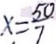
x = \frac { 5 0 } { 7 }